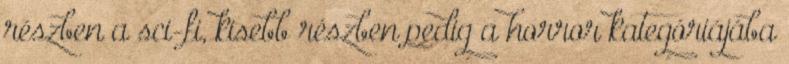
részben a sci-fi, kisebb részben pedig a horror kategóriájába